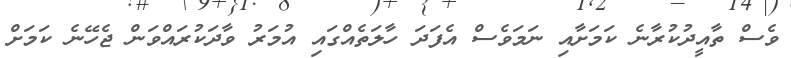
ވެސް ތާއީދުކުރާނެ ކަމަށާއި ނަމަވެސް އެފަދަ ހާލަތެއްގައި އުމަރު ވާދަކުރައްވަން ޖެހޭނެ ކަމަށް